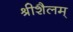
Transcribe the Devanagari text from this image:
श्रीशैलम्